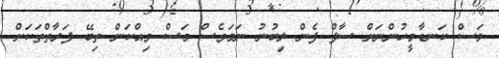
މަސް ކަނޑާމީހުންނަށް ސާފް ފެން ލިބުނު ނަމަވެސް މަސް ވިއްކަން ތިބޭ ފަރާތްތަކަށް